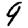
Digit: 9